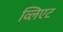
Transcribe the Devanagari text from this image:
व्लिएट